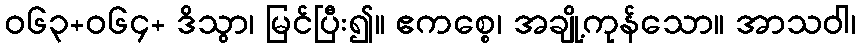
ဝ၆၃+၀၆၄+ ဒိသွာ၊ မြင်ပြီး၍။ ဧကစ္စေ၊ အချို့ကုန်သော။ အာသဝါ၊